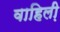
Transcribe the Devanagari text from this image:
वाहिली़